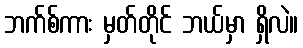
ဘက်စ်ကား မှတ်တိုင် ဘယ်မှာ ရှိလဲ။